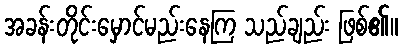
အခန်းတိုင်းမှောင်မည်းနေကြ သည်ချည်း ဖြစ်၏။